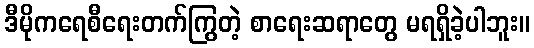
ဒီမိုကရေစီရေးတက်ကြွတဲ့ စာရေးဆရာတွေ မရရှိခဲ့ပါဘူး။